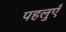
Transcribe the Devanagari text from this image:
पहलुएँ